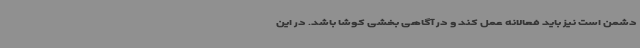
دشمن است نیز باید فعالانه عمل کند و در آگاهی بخشی کوشا باشد. در این